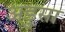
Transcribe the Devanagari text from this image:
अडुसा